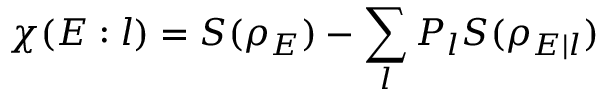
\chi ( E : l ) = S ( \rho _ { E } ) - \sum _ { l } P _ { l } S ( \rho _ { E | l } )